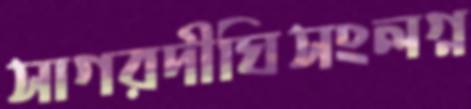
সাগরদীঘিসংলগ্ন